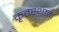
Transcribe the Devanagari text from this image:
कृतस्थला